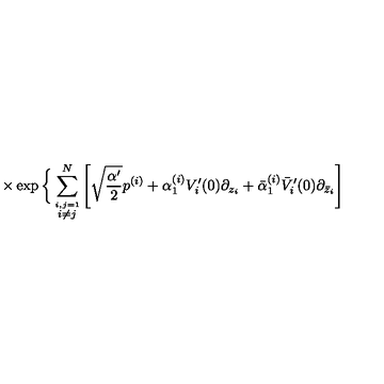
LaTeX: \times \exp \bigg \{ \sum _ { \stackrel { i , j = 1 } { i \neq j } } ^ { N } \left[ \sqrt { \frac { \alpha ^ { \prime } } { 2 } } p ^ { ( i ) } + \alpha _ { 1 } ^ { ( i ) } V _ { i } ^ { \prime } ( 0 ) \partial _ { z _ { i } } + \bar { \alpha } _ { 1 } ^ { ( i ) } \bar { V } _ { i } ^ { \prime } ( 0 ) \partial _ { \bar { z } _ { i } } \right]